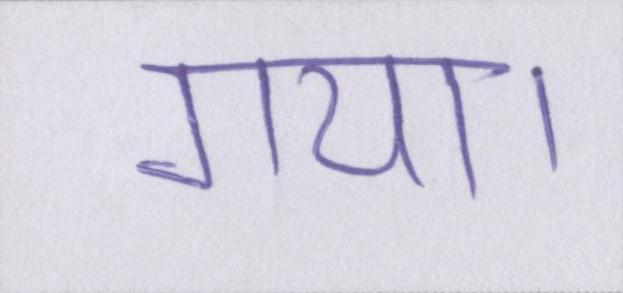
गया।